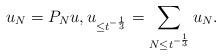
LaTeX: \begin{align*}u_N=P_Nu,u_{\leq t^{-\frac13}}=\sum\limits_{N\leq t^{-\frac13}}u_N.\end{align*}